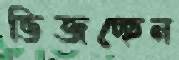
ভিজচ্ছেন